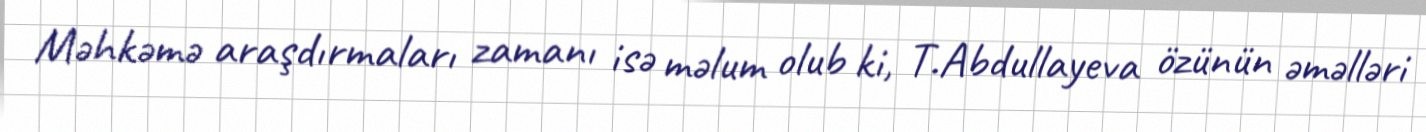
Məhkəmə araşdırmaları zamanı isə məlum olub ki, T.Abdullayeva özünün əməlləri